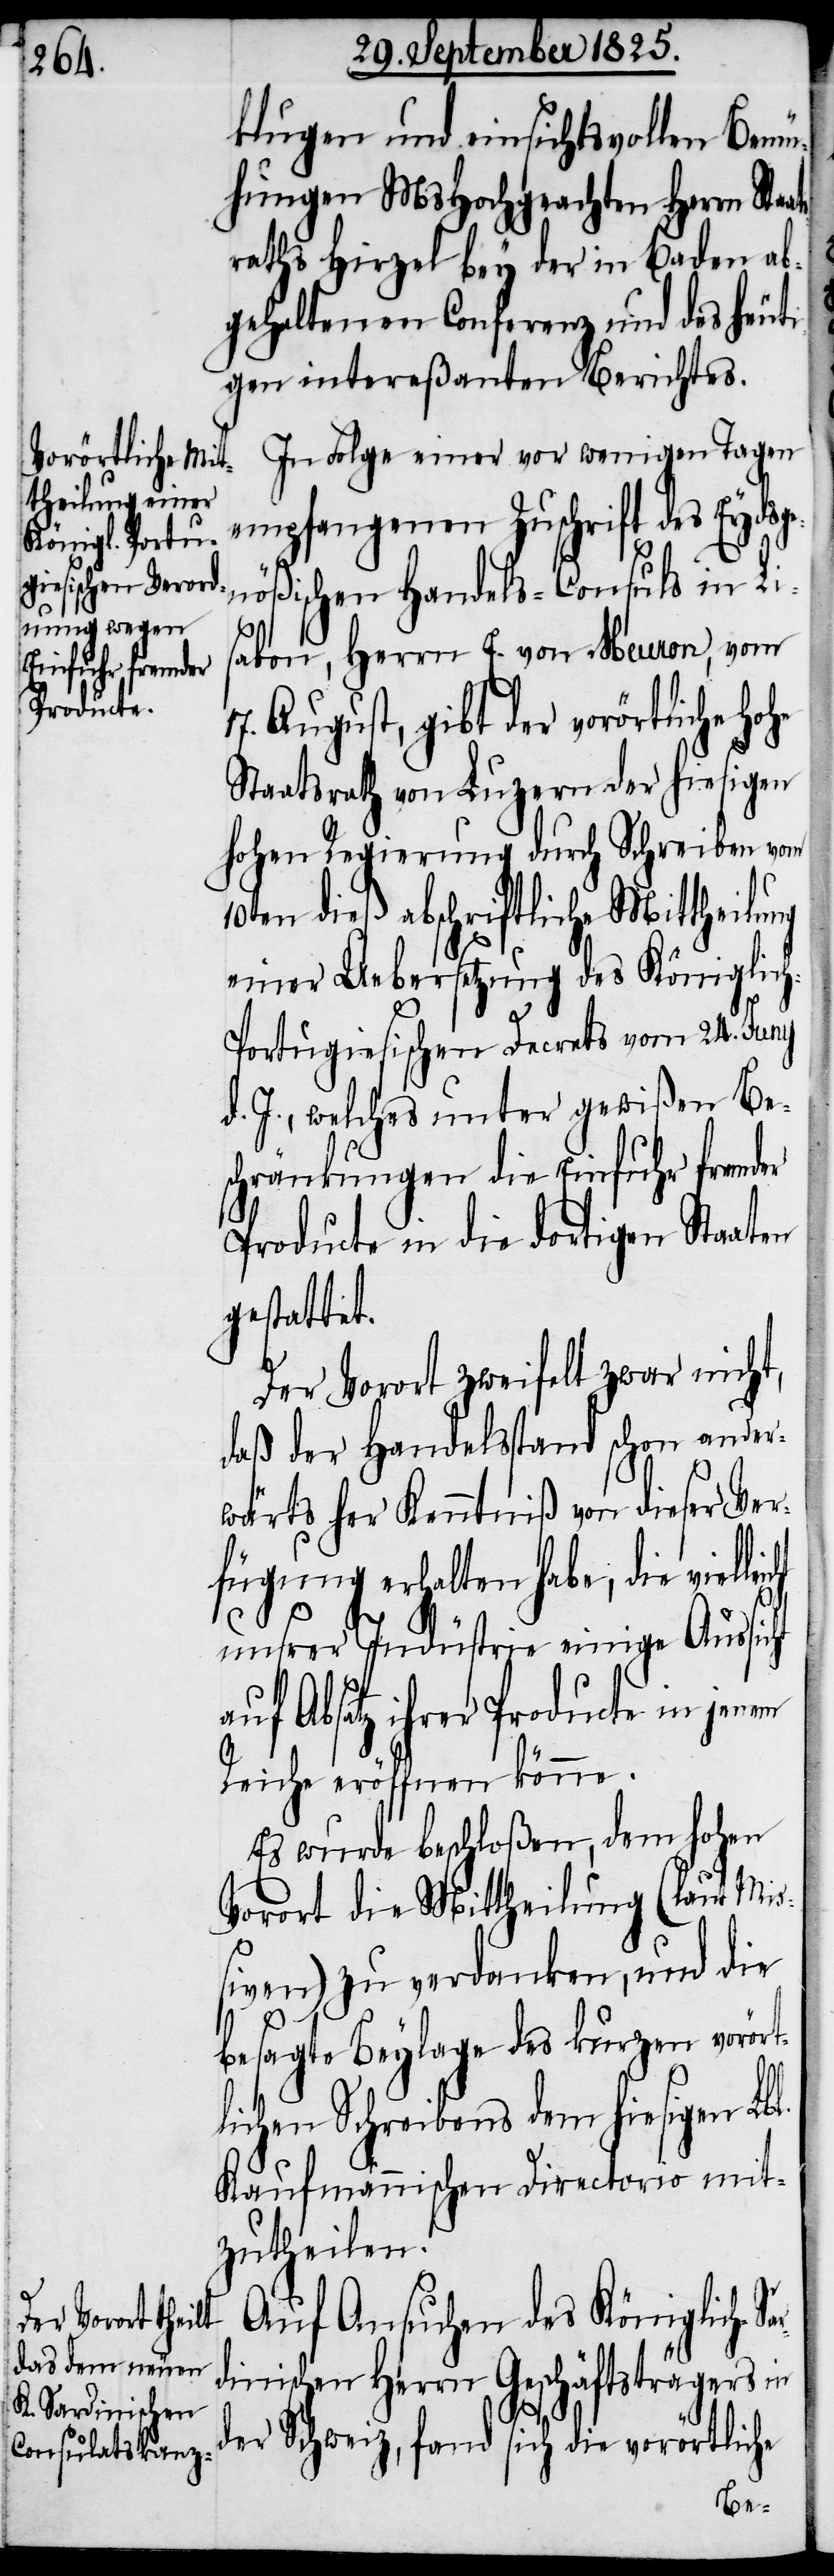
klugen und einsichtsvollen Bemü¬
hungen MsHochgeachten Herrn Sta¬
raths Hirzel bey der in Baden ab¬
gehaltenen Conferenz und des heuti¬
gen intereßanten Berichtes.
In Folge einer vor wenigen Tagen
empfangenen Zuschrift des Eydsg¬
enößischen Handels-Consuls in Li¬
sabon, Herrn E. von Meuron, vom
17. August, gibt der vorörtliche
Staatsrath von Luzern der hiesigen
hohen Regierung durch Schreiben vom
10ten dieß abschriftliche Mittheilung
einer Uebersetzung des Königlic¬
h-Portugiesischen Decrets vom 24. Juny
d. J., welches unter gewißen Be¬
schränkungen die Einfuhr fremder
Producte in die dortigen Staaten
gestattet.
Der Vorort zweifelt zwar nicht,
daß der Handelsstand schon ander¬
wärts der Kenntniß von dieser Ver¬
fügung erhalten habe, die viel¬
unsrer Indüstrie einige Aussicht
auf Absatz ihrer Producte in jenem
Reiche eröffnen könne.
Es wurde beschloßen, dem hohen
Vorort die Mittheilung (laut Mi¬
ßiven) zu verdanken, und die
besagte Beylage des kurzen vorört¬
lichen Schreibens dem hiesigen Lbl.
Kaufmännischen Directorio mit¬
zutheilen.
Auf Ansuchen des Königlich-Sa¬
rdinischen Herrn Geschäftsträgers in
leicht
der Schweiz, fand sich die vorörtliche